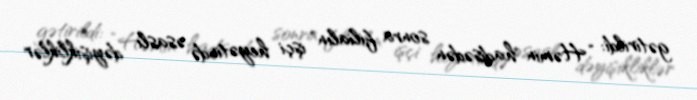
gətirildi: “Həmin hadisədən sonra filialın işçi heyətində əsaslı dəyişikliklər